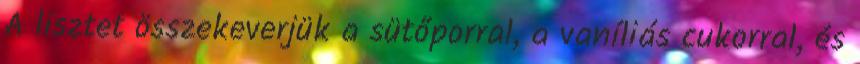
A lisztet összekeverjük a sütőporral, a vaníliás cukorral, és